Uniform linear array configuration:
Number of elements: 12
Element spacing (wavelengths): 0.75
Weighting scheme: uniform
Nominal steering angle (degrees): -60
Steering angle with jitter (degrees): -58.499
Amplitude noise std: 0.05
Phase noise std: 0.05

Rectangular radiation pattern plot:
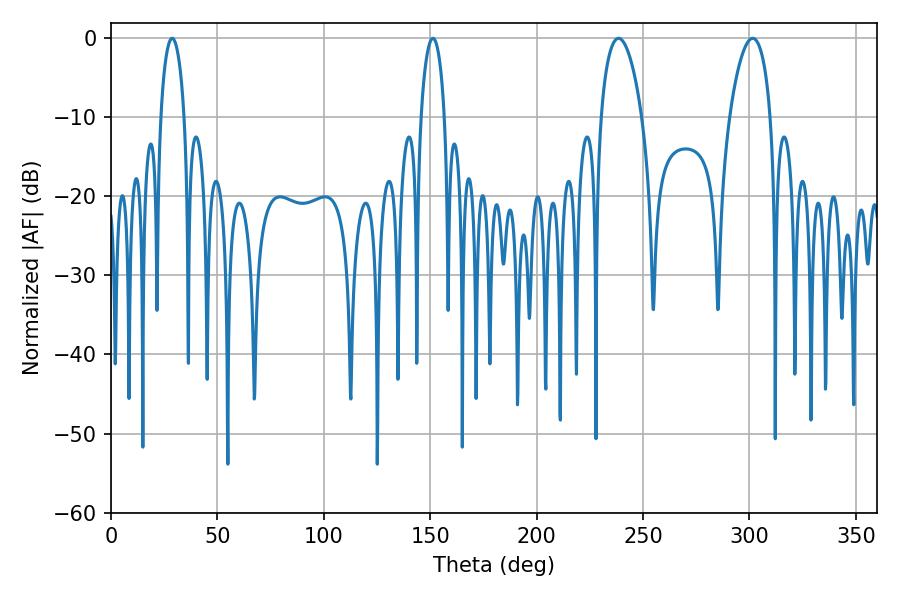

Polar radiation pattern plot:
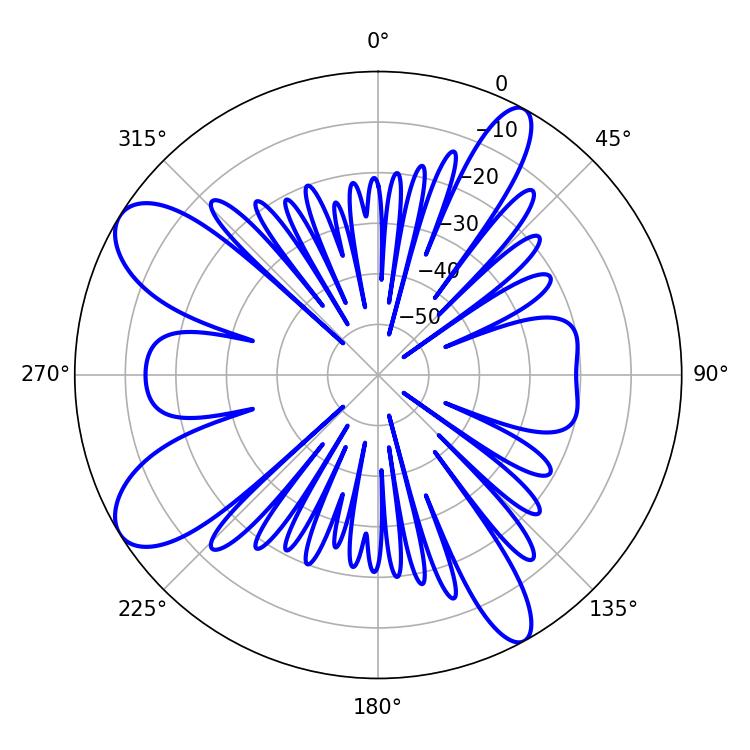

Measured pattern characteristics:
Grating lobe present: TRUE
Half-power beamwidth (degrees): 10.98
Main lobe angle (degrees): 301.5